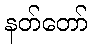
နတ်တော်